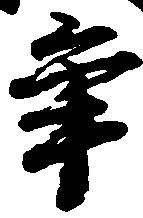
争